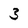
Character: 3